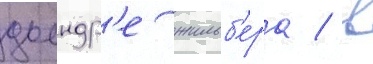
дьендр'е жильб'ера / в